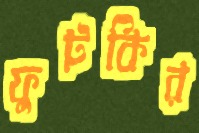
ফুটকির